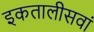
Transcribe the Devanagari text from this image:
इकतालीसवां